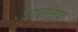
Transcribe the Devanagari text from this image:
आइसलेवन